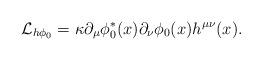
LaTeX: \begin{align*}{\cal{L} }_{h\phi_0} = \kappa \partial_\mu \phi_0^*(x) \partial_\nu \phi_0(x) h^{\mu \nu}(x).\end{align*}